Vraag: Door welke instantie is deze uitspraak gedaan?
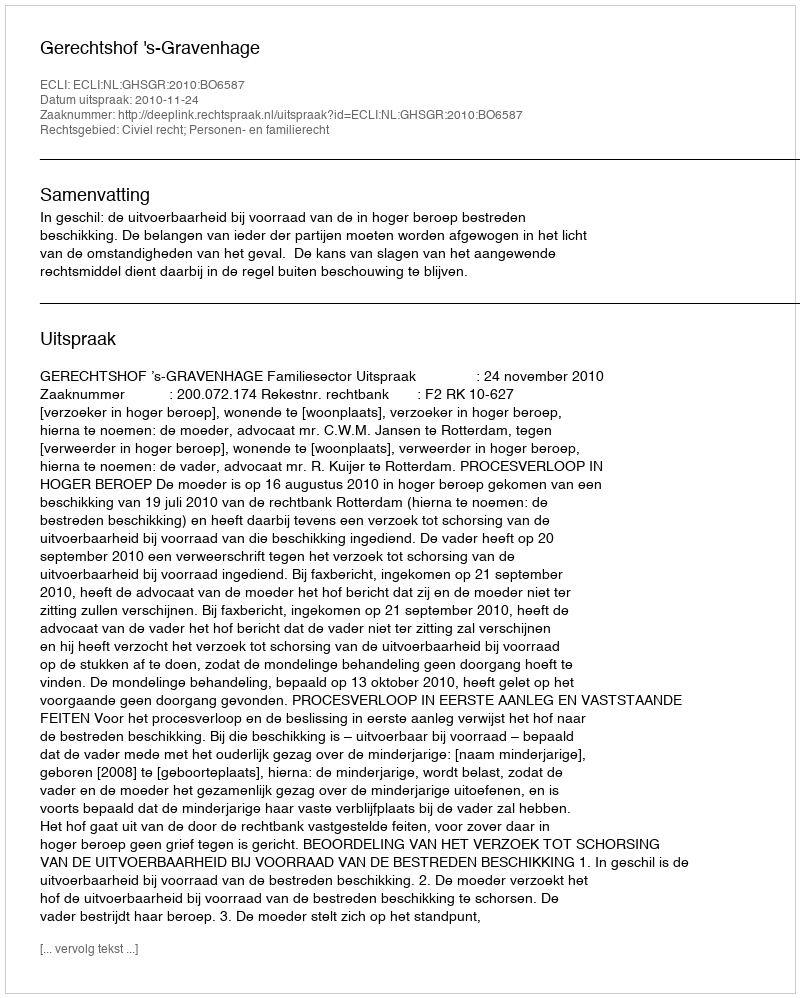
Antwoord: Gerechtshof 's-Gravenhage